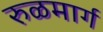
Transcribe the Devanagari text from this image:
रुळमार्ग